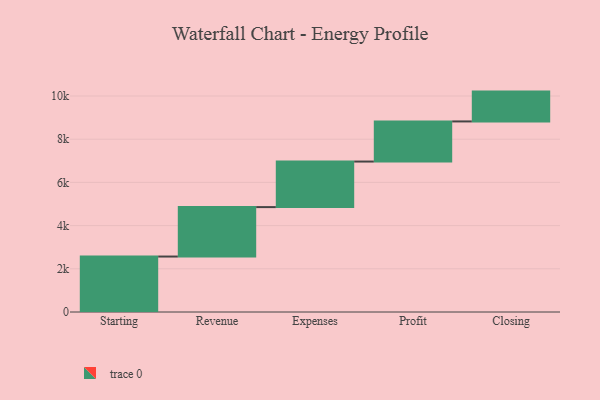
{"axis": {"x": "Step", "y": "Value"}, "legend": [""], "data": [{"x": "Starting", "y": 2568.0, "type": ""}, {"x": "Revenue", "y": 2289.0, "type": ""}, {"x": "Expenses", "y": 2109.0, "type": ""}, {"x": "Profit", "y": 1858.0, "type": ""}, {"x": "Closing", "y": 1381.0, "type": ""}]}